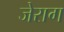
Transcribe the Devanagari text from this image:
जेराग